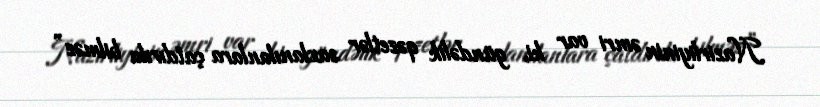
Nazirliyinin əmri var ki, gündəlik qəzetlər saxlanılanlara çatdırıla bilməz”